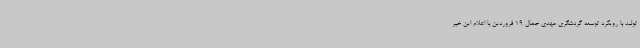
تولید با رویکرد توسعه گردشگری مهدی جمال 19 فروردین با اعلام این خبر